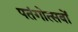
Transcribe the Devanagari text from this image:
पतंगोत्सवों